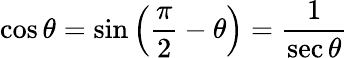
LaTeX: \cos\theta=\sin\left({\frac{\pi}{2}}-\theta\right)={\frac{1}{\sec\theta}}